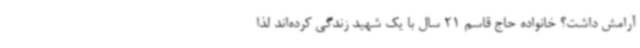
آرامش داشت؟ خانواده حاج قاسم 21 سال با یک شهید زندگی کرده‌اند لذا